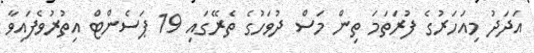
އަދަދު މިއަހަރުގެ ފުރަތަމަ ތިން މަސް ދުވަހުގެ ތެރޭގައި 19 ޕަސެންޓް އިތުރުވެފައިވާ